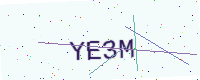
Text: YE3M